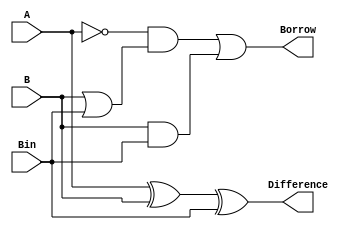
module full_subtractor (
    input A,
    input B,
    input Bin,
    output Difference,
    output Borrow
);
    assign Difference = A ^ B ^ Bin;                   // XOR for difference
    assign Borrow = (~A & (B | Bin)) | (B & Bin);      // Borrow logic
endmodule